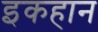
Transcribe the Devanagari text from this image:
इकहान